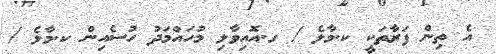
އެ ތިން ފަރާތަކީ ކ.މާލެ / ގ.އޮއިވާލި މުހައްމަދު ހުސެއިން ކ.މާލެ /